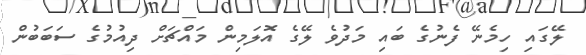
ލޭގައި ހިމެނޭ ފެނުގެ ބައި މަދުވެ ލޭގެ އޮލަމިން މައްޗަށް ދިއުމުގެ ސަބަބުން